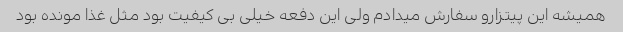
همیشه این پیتزارو سفارش میدادم ولی این دفعه خیلی بی کیفیت بود مثل غذا مونده بود